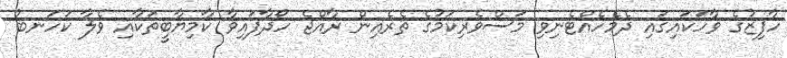
ހާފިޒުގެ ވާހަކައިގައި ދެމެހެއްޓެނިވި މަސްވެރިކަމުގެ ތެރެއިން ރާއްޖެ ހޯދާފައިވާ ކާމިޔާބީތަކާއި ވެލާ ކަހަނބު